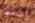
إضغط